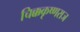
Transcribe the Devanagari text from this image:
चिक्ककृष्णराज